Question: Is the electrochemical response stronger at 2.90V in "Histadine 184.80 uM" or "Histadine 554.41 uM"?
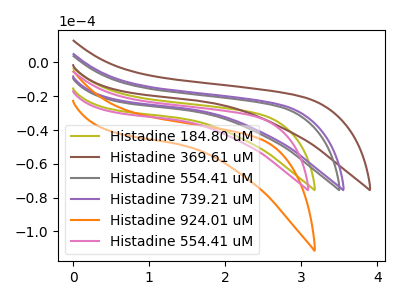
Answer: <think>The olive curve "Histadine 184.80 uM" has no peaks. The brown curve "Histadine 369.61 uM" has no peaks. The gray curve "Histadine 554.41 uM" has no peaks. The purple curve "Histadine 739.21 uM" has no peaks. The orange curve "Histadine 924.01 uM" has no peaks. The pink curve "Histadine 554.41 uM" has no peaks.</think>
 <answer>"Histadine 184.80 uM" and "Histadine 554.41 uM" dont share a peak at 2.90V.</answer>
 <eval>mismatch</eval>